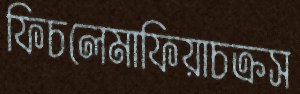
ফিচলেমাফিয়াচক্রস